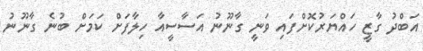
އަބްދު ގާޒީ ހައްޔަރުކޮށްފައި ވަނީ ގާނޫނު އަސާސީއާ ހިލާފަށް ކަމަށް ބުނެ ގާނޫނު